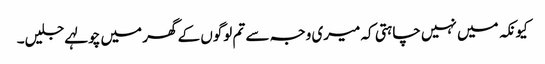
کیونکہ میں نہیں چاہتی کہ میری وجہ سے تم لوگوں کے گھر میں چولہے جلیں۔